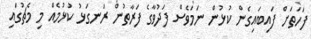
ފަހަތަށް ފައިބައިގެން ކުޅުން ނަމަވެސް ފަދުވާގެ ފަރާތުން ރަނގަޅު ކުޅުމެއް މި މެޗުގައި